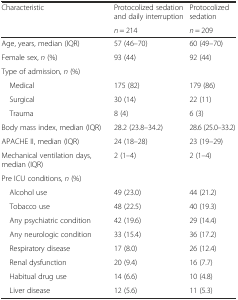
<table><thead><tr><td rowspan="2"><b>Characteristic</b></td><td><b>Protocolized sedation and daily interruption</b></td><td><b>Protocolized sedation</b></td></tr><tr><td><b><i>n</i> = 214</b></td><td><b><i>n</i> = 209</b></td></tr></thead><tbody><tr><td>Age, years, median (IQR)</td><td>57 (46–70)</td><td>60 (49–70)</td></tr><tr><td>Female sex, <i>n</i> (%)</td><td>93 (44)</td><td>92 (44)</td></tr><tr><td colspan="3">Type of admission, <i>n</i> (%)</td></tr><tr><td> Medical</td><td>175 (82)</td><td>179 (86)</td></tr><tr><td> Surgical</td><td>30 (14)</td><td>22 (11)</td></tr><tr><td> Trauma</td><td>8 (4)</td><td>6 (3)</td></tr><tr><td>Body mass index, median (IQR)</td><td>28.2 (23.8–34.2)</td><td>28.6 (25.0–33.2)</td></tr><tr><td>APACHE II, median (IQR)</td><td>24 (18–28)</td><td>23 (19–29)</td></tr><tr><td>Mechanical ventilation days, median (IQR)</td><td>2 (1–4)</td><td>2 (1–4)</td></tr><tr><td colspan="3">Pre ICU conditions, <i>n</i> (%)</td></tr><tr><td> Alcohol use</td><td>49 (23.0)</td><td>44 (21.2)</td></tr><tr><td> Tobacco use</td><td>48 (22.5)</td><td>40 (19.3)</td></tr><tr><td> Any psychiatric condition</td><td>42 (19.6)</td><td>29 (14.4)</td></tr><tr><td> Any neurologic condition</td><td>33 (15.4)</td><td>36 (17.2)</td></tr><tr><td> Respiratory disease</td><td>17 (8.0)</td><td>26 (12.4)</td></tr><tr><td> Renal dysfunction</td><td>20 (9.4)</td><td>16 (7.7)</td></tr><tr><td> Habitual drug use</td><td>14 (6.6)</td><td>10 (4.8)</td></tr><tr><td> Liver disease</td><td>12 (5.6)</td><td>11 (5.3)</td></tr></tbody></table>